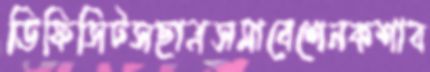
ডিফিসিটসছাত্রসমাবেশেনকশাব